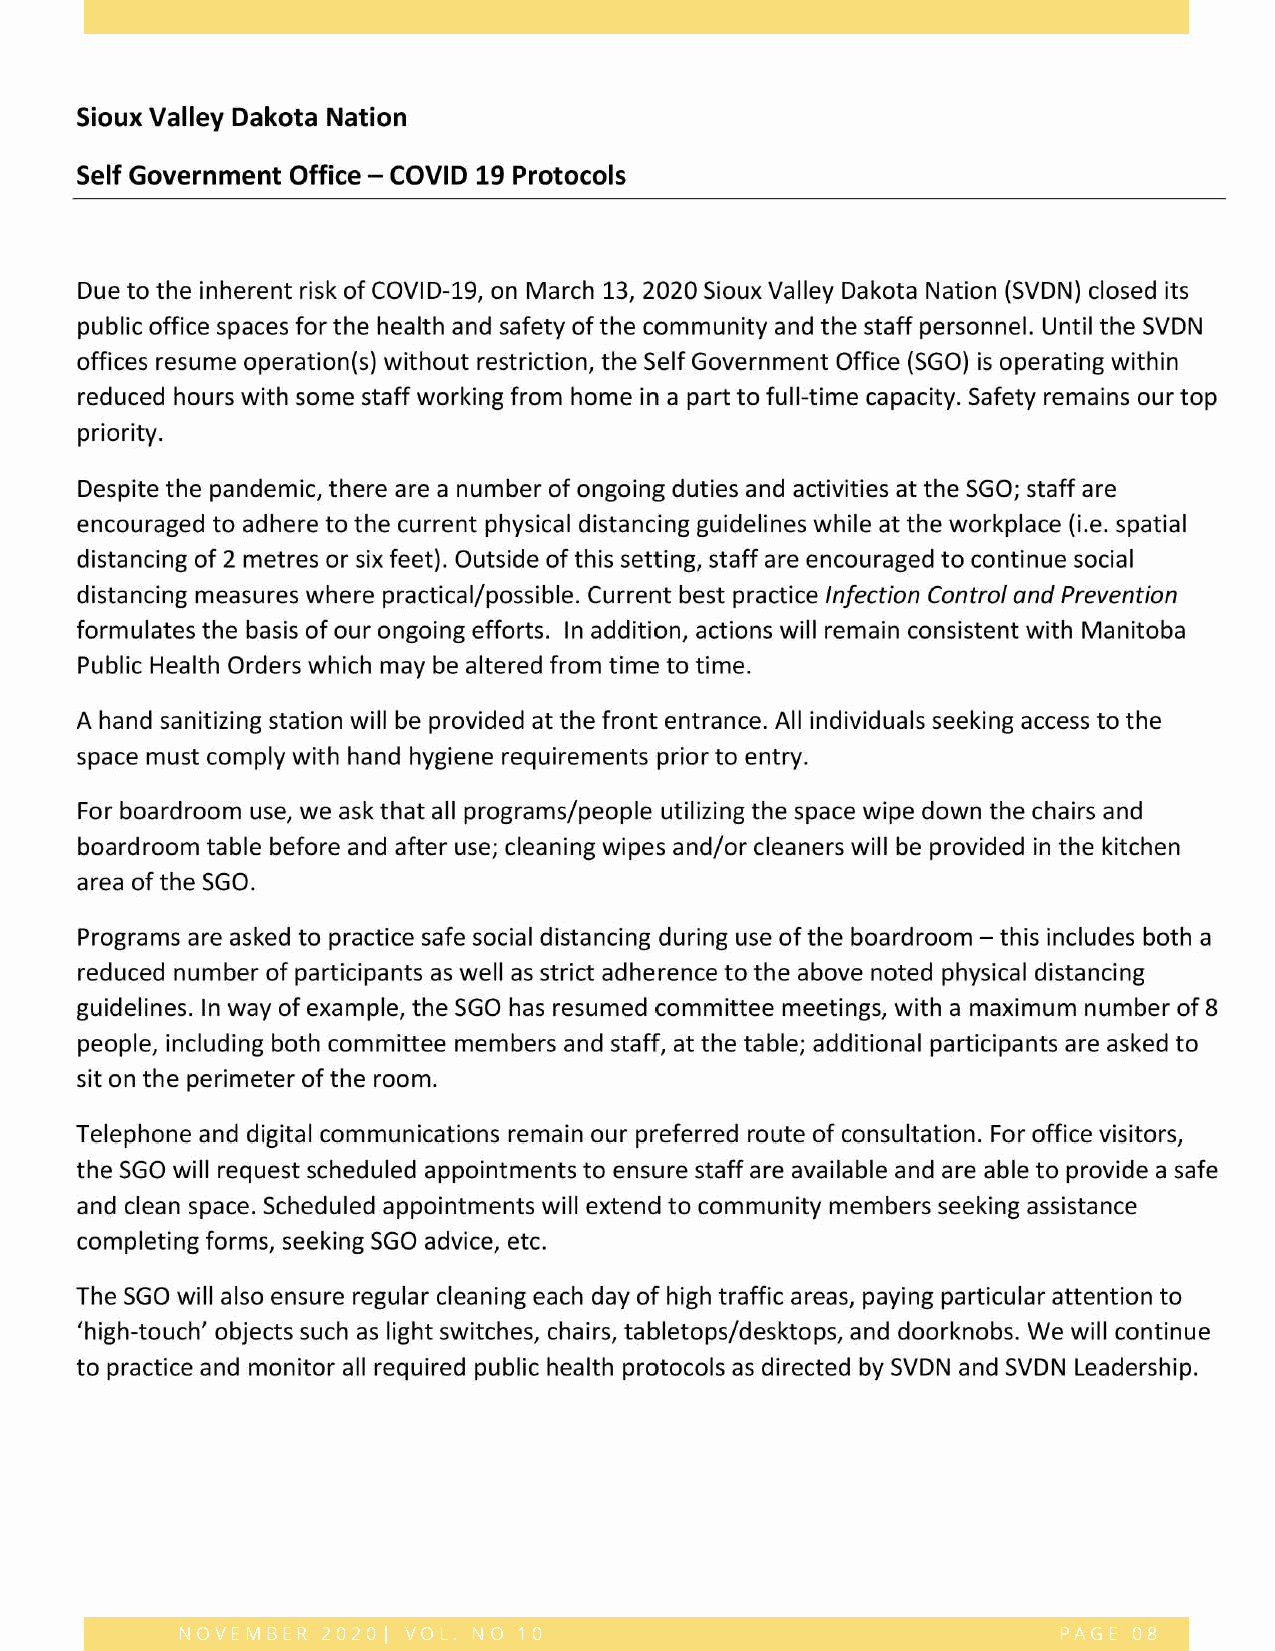
NOVEMBER 2020| VOL. NO 10                                 PAGE 08